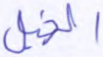
الخيل